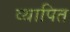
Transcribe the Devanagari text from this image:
व्थापित